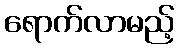
ရောက်လာမည့်